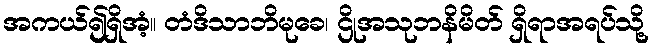
အကယ်၍ရှိအံ့။ တံဒိသာဘိမုခေ၊ ဌိုအသုဘနိမိတ် ရှိရာအရပ်သို့